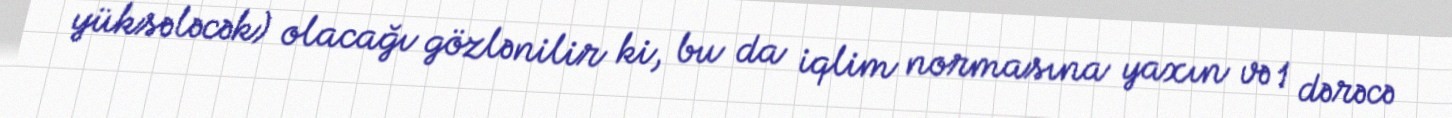
yüksələcək) olacağı gözlənilir ki, bu da iqlim normasına yaxın və 1 dərəcə